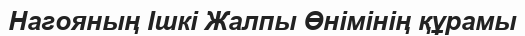
Нагояның Ішкі Жалпы Өнімінің құрамы